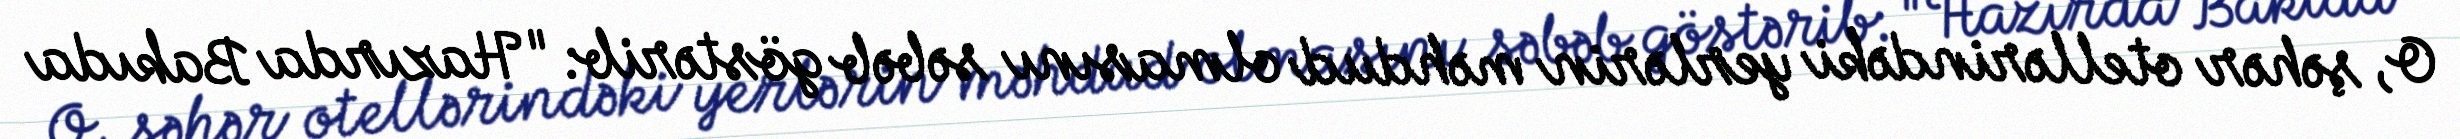
O, şəhər otellərindəki yerlərin məhdud olmasını səbəb göstərib: "Hazırda Bakıda